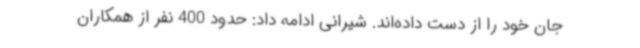
جان خود را از دست داده‌اند. شیرانی ادامه داد: حدود 400 نفر از همکاران